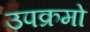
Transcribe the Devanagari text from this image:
उपक्रमो